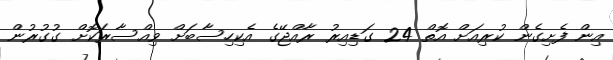
އިން ފެށިގެން ކުރިއަށް އޮތް 24 ގަޑިއިރު ރާއްޖޭގެ އެކިހިސާބަށް ވިއްސާރަކޮށް ގުގުރުން